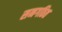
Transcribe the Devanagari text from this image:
सनगठित